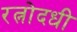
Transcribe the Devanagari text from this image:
रत्नोदधी